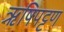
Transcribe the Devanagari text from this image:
ऋषिपट्टण